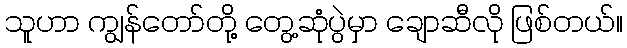
သူဟာ ကျွန်တော်တို့ တွေ့ဆုံပွဲမှာ ချောဆီလို ဖြစ်တယ်။